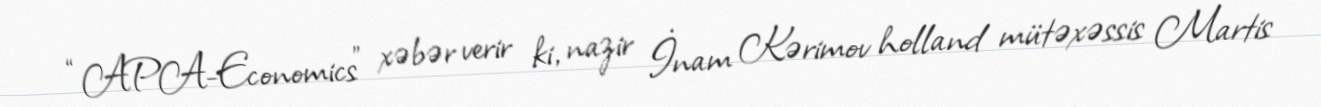
“APA-Economics” xəbər verir ki, nazir İnam Kərimov holland mütəxəssis Martis